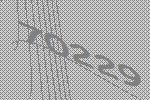
70229